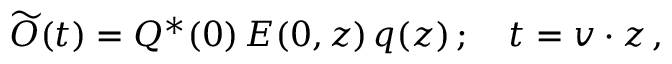
\widetilde O ( t ) = Q ^ { * } ( 0 ) \, E ( 0 , z ) \, q ( z ) \, ; \quad t = v \cdot z \, ,